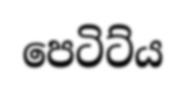
පෙටිට්ය